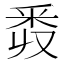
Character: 𨤑